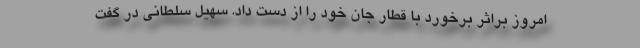
امروز براثر برخورد با قطار جان خود را از دست داد. سهیل سلطانی در گفت